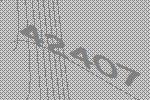
42407